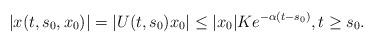
LaTeX: \begin{align*}|x(t,s_0,x_0)|=|U(t,s_0)x_0|\leq |x_0|Ke^{-\alpha(t-s_0)}, t\geq s_0.\end{align*}